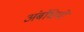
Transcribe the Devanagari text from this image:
अंबंधियों